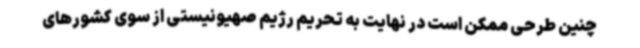
چنین طرحی ممکن است در نهایت به تحریم رژیم صهیونیستی از سوی کشورهای